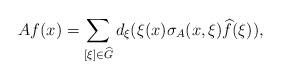
LaTeX: \begin{align*}Af(x)=\sum_{[\xi]\in \widehat{G}}d_{\xi}(\xi(x)\sigma_{A}(x,\xi)\widehat{f}(\xi)),\end{align*}